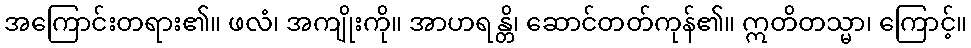
အကြောင်းတရား၏။ ဖလံ၊ အကျိုးကို။ အာဟရန္တိ၊ ဆောင်တတ်ကုန်၏။ ဣတိတသ္မာ၊ ကြောင့်။